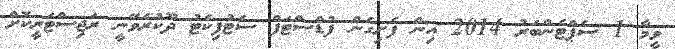
ވީމާ 1 ސެޕްޓެންބަރު 2014 އިން ފެށިގެން ފުޑްސްޓަފް ސެޓުފިކެޓު ދޫކުރެވޭނީ ރަޖިސްޓަރީކޮށް